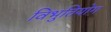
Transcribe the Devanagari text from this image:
विभुतियोग